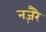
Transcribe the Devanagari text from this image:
नज़ैरे